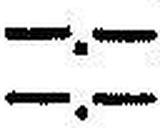
—.—